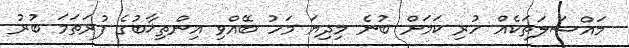
މައްސަލަތަކެއް ހުރި ކަމަށް ބުނެ މިދިޔަ މަހު ބޭއްވި އިންތިޚާބުގެ ފުރަތަމަ ބުރު